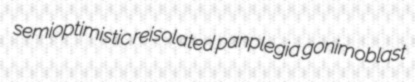
semioptimistic reisolated panplegia gonimoblast